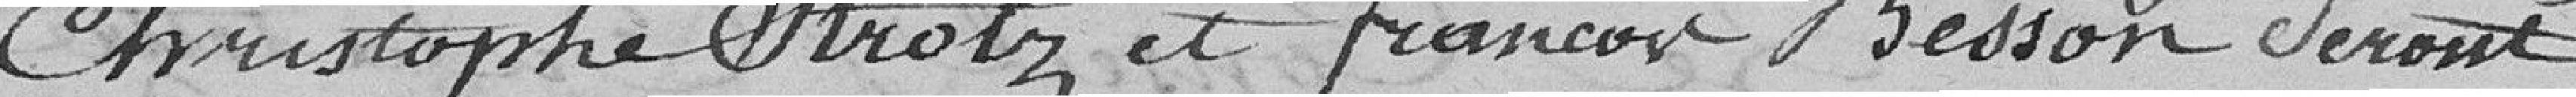
Christophe Strolz et François Besson seront